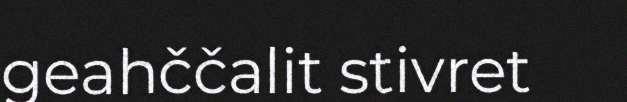
geahččalit stivret